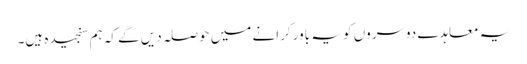
یہ معاہدے دوسروں کو یہ باور کرانے میں حوصلہ دیں گے کہ ہم سنجیدہ ہیں۔